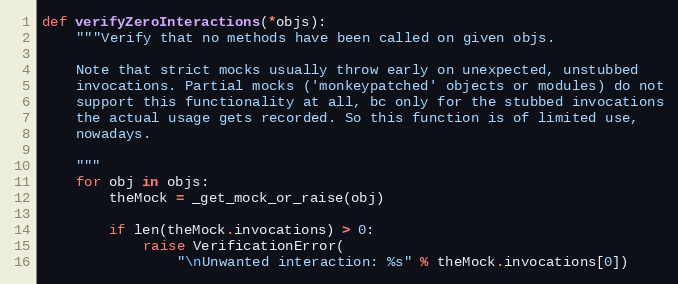
Language: Python
def verifyZeroInteractions(*objs):
    """Verify that no methods have been called on given objs.

    Note that strict mocks usually throw early on unexpected, unstubbed
    invocations. Partial mocks ('monkeypatched' objects or modules) do not
    support this functionality at all, bc only for the stubbed invocations
    the actual usage gets recorded. So this function is of limited use,
    nowadays.

    """
    for obj in objs:
        theMock = _get_mock_or_raise(obj)

        if len(theMock.invocations) > 0:
            raise VerificationError(
                "\nUnwanted interaction: %s" % theMock.invocations[0])